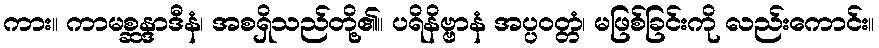
ကား။ ကာမစ္ဆန္ဒာဒီနံ၊ အစရှိသည်တို့၏။ ပရိနိဗ္ဗာနံ အပ္ပဝတ္တံ၊ မဖြစ်ခြင်းကို လည်းကောင်း။